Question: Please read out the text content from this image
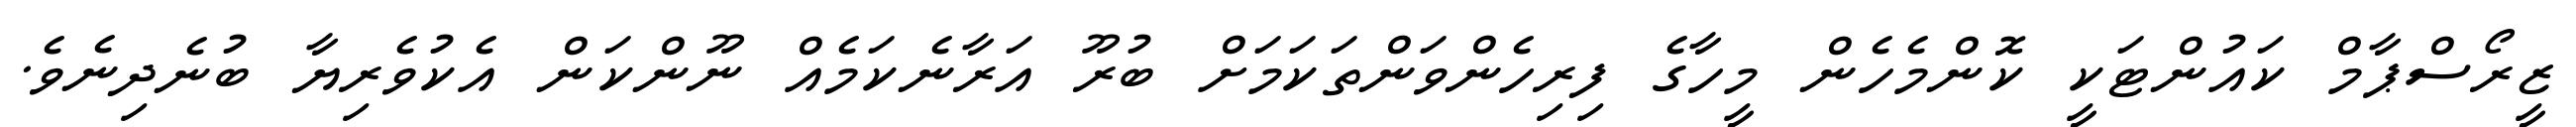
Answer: ޒީރޯސްޕާމް ކައުންޓަކީ ކޮންމެހެން މީހާގެ ފިރިހެންވަންތަކަމަށް ބުރޫ އަރާނެކަމެއް ނޫންކަން އެކުވެރިޔާ ބުނެދިނެވެ.